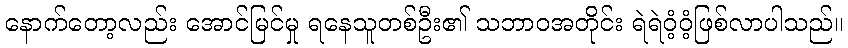
နောက်တော့လည်း အောင်မြင်မှု ရနေသူတစ်ဦး၏ သဘာဝအတိုင်း ရဲရဲဝံ့ဝံ့ဖြစ်လာပါသည်။